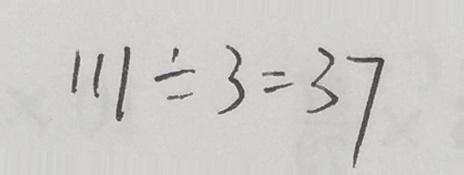
1 1 1 \div 3 = 3 7